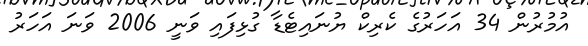
އުމުރުން 34 އަހަރުގެ ކެރިކް ޔުނައިޓެޑާ ގުޅިފައި ވަނީ 2006 ވަނަ އަހަރު